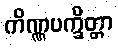
ကိဏ္ဏပက္ခိတ္တာ